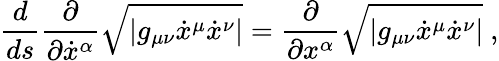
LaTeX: {\frac{d}{ds}}{\frac{\partial}{\partial{\dot{x}}^{\alpha}}}{\sqrt{\left|g_{\mu\nu}{\dot{x}}^{\mu}{\dot{x}}^{\nu}\right|}}={\frac{\partial}{\partial x^{\alpha}}}{\sqrt{\left|g_{\mu\nu}{\dot{x}}^{\mu}{\dot{x}}^{\nu}\right|}}\ ,